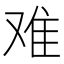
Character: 难